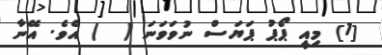
[1] މިއީ ޕޯޕު ޕަޔަސް ނުވަވަނަ (  ) އެވެ. އޭނާ